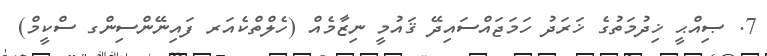
7. ޞިއްޙީ ޚިދުމަތުގެ ޚަރަދު ހަމަޖައްސައިދޭ ޤައުމީ ނިޒާމެއް (ހެލްތްކެއަރ ފައިނޭންސިންގ ސްކީމް)